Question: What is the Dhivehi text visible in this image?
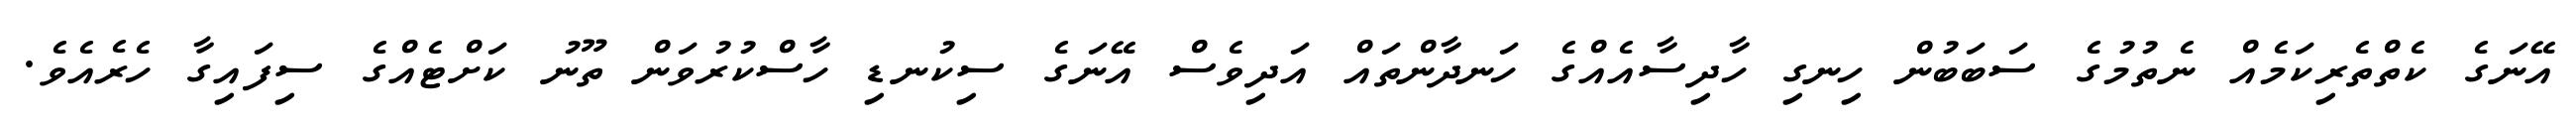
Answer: އޭނަގެ ކެތްތެރިކަމެއް ނެތުމުގެ ސަބަބުން ހިނގި ހާދިސާއެއްގެ ހަނދާންތައް އަދިވެސް އޭނަގެ ސިކުނޑި ހާސްކުރުވަން ތޫނު ކަށްޓެއްގެ ސިފައިގާ ހެރެއެވެ.